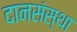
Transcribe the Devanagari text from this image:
दानसंस्था